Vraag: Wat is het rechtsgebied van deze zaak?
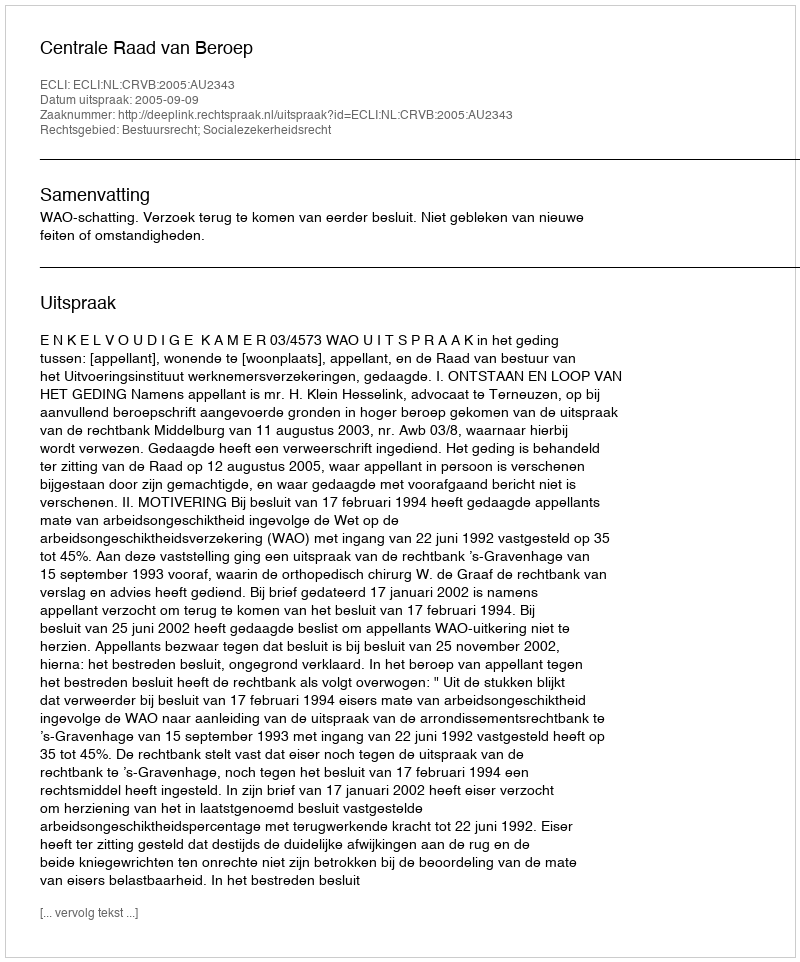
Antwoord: Bestuursrecht; Socialezekerheidsrecht